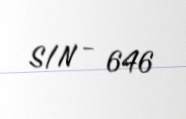
S/N - 646